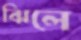
ঝিলে